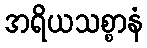
အရိယသစ္စာနံ